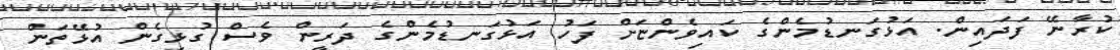
ކުރާނޭ ފަދައިން. އަޅުގަނޑުމެންގެ ކައިވެންޏަށް ފަހު އަޅުގަނޑުމެންގެ ދަރީން ވެސް ގުޅިގެން އުޅޭތަން